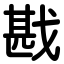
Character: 戡